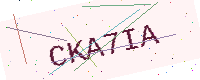
Text: CKA7IA